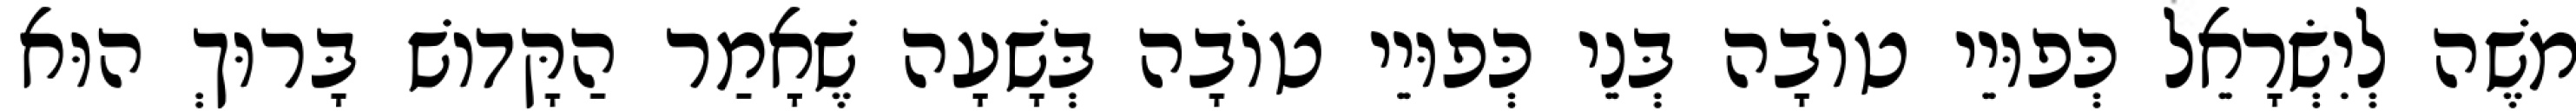
מֹשֶׁה לְיִשְׂרָאֵל כְּפוּיֵי טוֹבָה בְּנֵי כְּפוּיֵי טוֹבָה בְּשָׁעָה שֶׁאָמַר הַקָּדוֹשׁ בָּרוּךְ הוּא